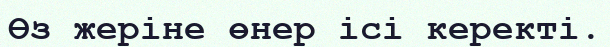
Өз жеріне өнер ісі керекті.